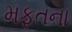
મફતના